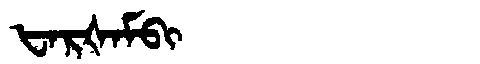
Manchu: ᡶᠠᡵᡧᠠᠮᠪᡳ
Romanization: FARŠAMBI